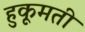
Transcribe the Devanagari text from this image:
हुकूमती